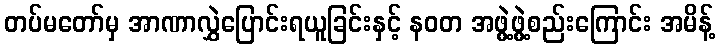
တပ်မတော်မှ အာဏာလွှဲပြောင်းရယူခြင်းနှင့် နဝတ အဖွဲ့ဖွဲ့စည်းကြောင်း အမိန့်